Regulations for the medical services of the Army of India
Year: 1930
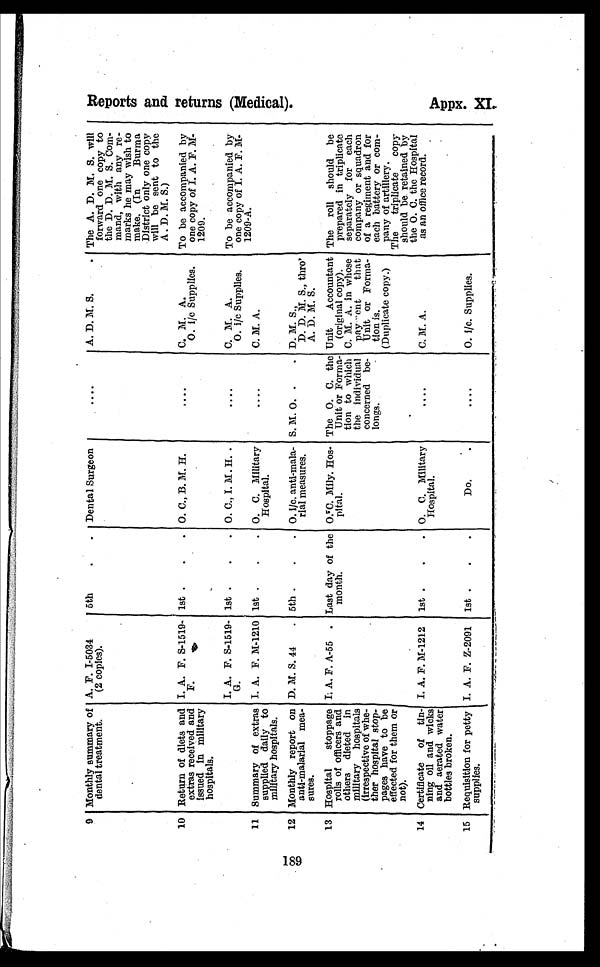
189
9 Monthly summary of
dental treatment.
A. F. I-5034
(2 copies).
5th
.
. Dental Surgeon
....
A. D. M. S.
. The A. D. M. S. will
forward one copy to
the D. D. M. S. Com-
mand, with any re-
marks he may wish to
make. (In
Burma
District only one copy
will be sent to the
A. D. M. S.)
10 Return of diets and
extras received and
issued in military
hospitals.
I. A. F. S-1519-
F.
1st .
.
.
_
O. C., B. M. H.
....
C. M. A.
O. i/c Supplies.
To be accompanied by
one copy of I. A. F. M-
1209.
I. A. F. S-1519-
G.
1st .
.
. O. C., I. M. H. .
....
C. M. A.
O. i/c Supplies.
To be accompanied by
one copy of I. A. F. M-
1209-A.
11 Summary of extras
supplied daily to
military hospitals.
I. A. F. M-1210 1st .
.
. O. C. Military
Hospital.
....
C. M. A.
12 Monthly report on
anti-malarial mea
sures.
D. M. S. 44 . 5th .
.
. O. i/c. anti-mala
rial measures.
S. M. O. .
. D. M. S.,
D. D. M. S., thro'
A. D. M. S.
13 Hospital stoppage
rolls of officers and
others dieted in
military hospitals
(irrespective of whe
ther hospital stop-
pages have to be
effected for them or
not).
I. A. F. A-55 . Last day of the
month.
O.C. Mily. Hos
pital.
The O. C. the
Unit or Forma
tion to which
the individual
concerned be
longs.
Unit Accountant
(original copy).
C. M. A. in whose
payment that
Unit or Forma
tion is.
(Duplicate copy.)
The roll should be
prepared in triplicate
separately for each
company or squadron
of a regiment and for
each battery or com
pany of artillery.
The triplicate copy
should be retained by
the O. C. the Hospital
as an office record.
14 Certificate of tin-
ning oil and wicks
and aerated water
bottles broken.
I. A. F. M-1212 1st .
. O. C. Military
Hospital.
....
C. M. A.
15 Requisition for petty
supplies.
I. A. F. Z-2091 1st .
.
.
Do.
.
....
O. i/c. Supplies.
R e p o r t a n d r e t u r n s ( M e d i c a l ) .
Appx. XI .